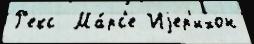
Р'екс  Ма́рс'е Иjер'ихон